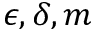
\epsilon , \delta , m